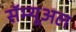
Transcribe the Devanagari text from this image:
सॅम्यूअल